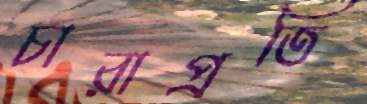
চারাপ্রতি